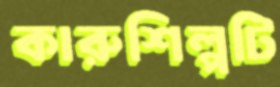
কারুশিল্পটি